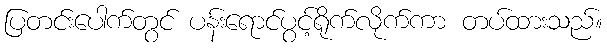
ပြတင်းပေါက်တွင် ပန်းရောင်ပွင့်ရိုက်လိုက်ကာ တပ်ထားသည်။